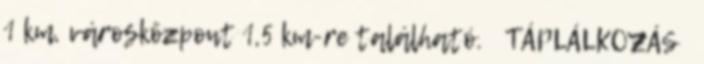
1 km, városközpont 1,5 km-re található. TÁPLÁLKOZÁS